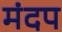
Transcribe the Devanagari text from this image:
मंदप